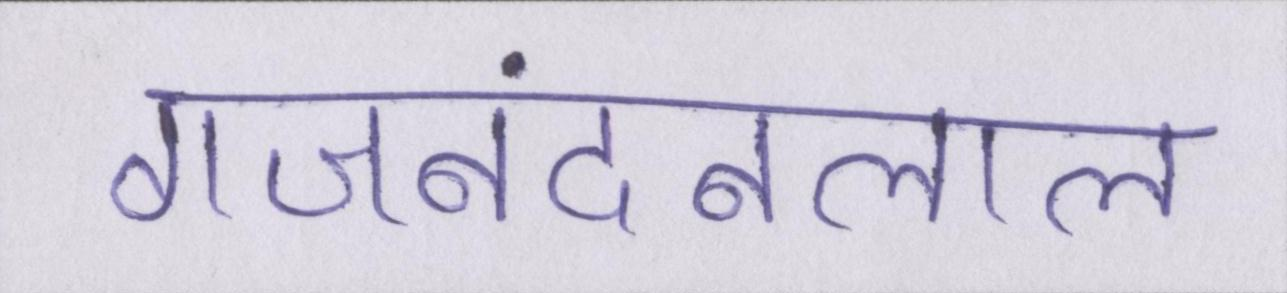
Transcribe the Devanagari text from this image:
गजनंदनलाल